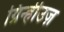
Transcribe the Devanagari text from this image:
ग्रिन्हीउज़